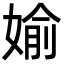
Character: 媮